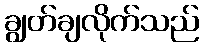
ချွတ်ချလိုက်သည်